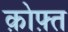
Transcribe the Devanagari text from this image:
क़ोफ़्त